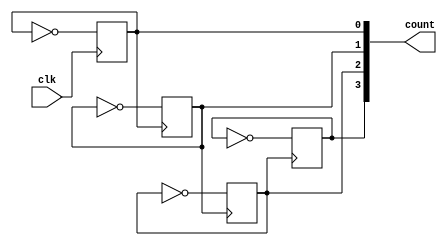
module asynccounter(
    input clk,
    output[3:0] count);
    reg[3:0] count;
    wire clk;
    initial
        count = 4'b0000;
    always @( negedge clk )
        count[0] <= ~count[0];
    always @( negedge count[0] )
        count[1] <= ~count[1];
    always @( negedge count[1] )
        count[2] <= ~count[2];
    always @( negedge count[2] )
        count[3] <= ~count[3];
    endmodule